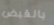
بالقبض